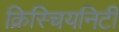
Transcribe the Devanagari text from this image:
क्रिस्चियनिटी